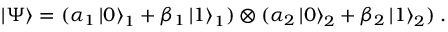
\left| \Psi \right\rangle = ( \alpha _ { 1 } \left| 0 \right\rangle _ { 1 } + \beta _ { 1 } \left| 1 \right\rangle _ { 1 } ) \otimes ( \alpha _ { 2 } \left| 0 \right\rangle _ { 2 } + \beta _ { 2 } \left| 1 \right\rangle _ { 2 } ) \; .